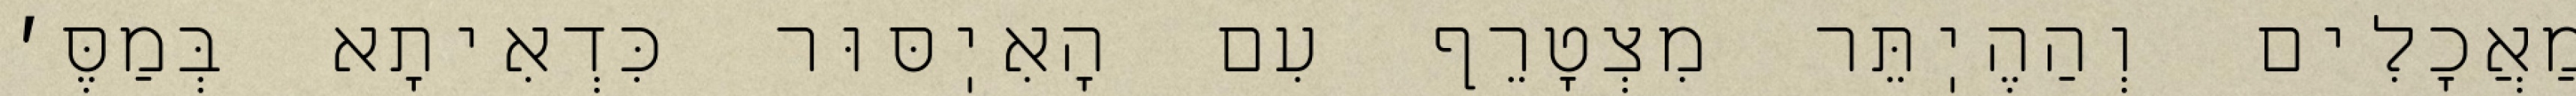
מַאֲכָלִים וְהַהֶיֽתֵּר מִצְטָרֵף עִם הָאִיֽסּוּר כִּדְאִיתָא בְּמַסֶּ׳